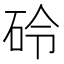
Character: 砱